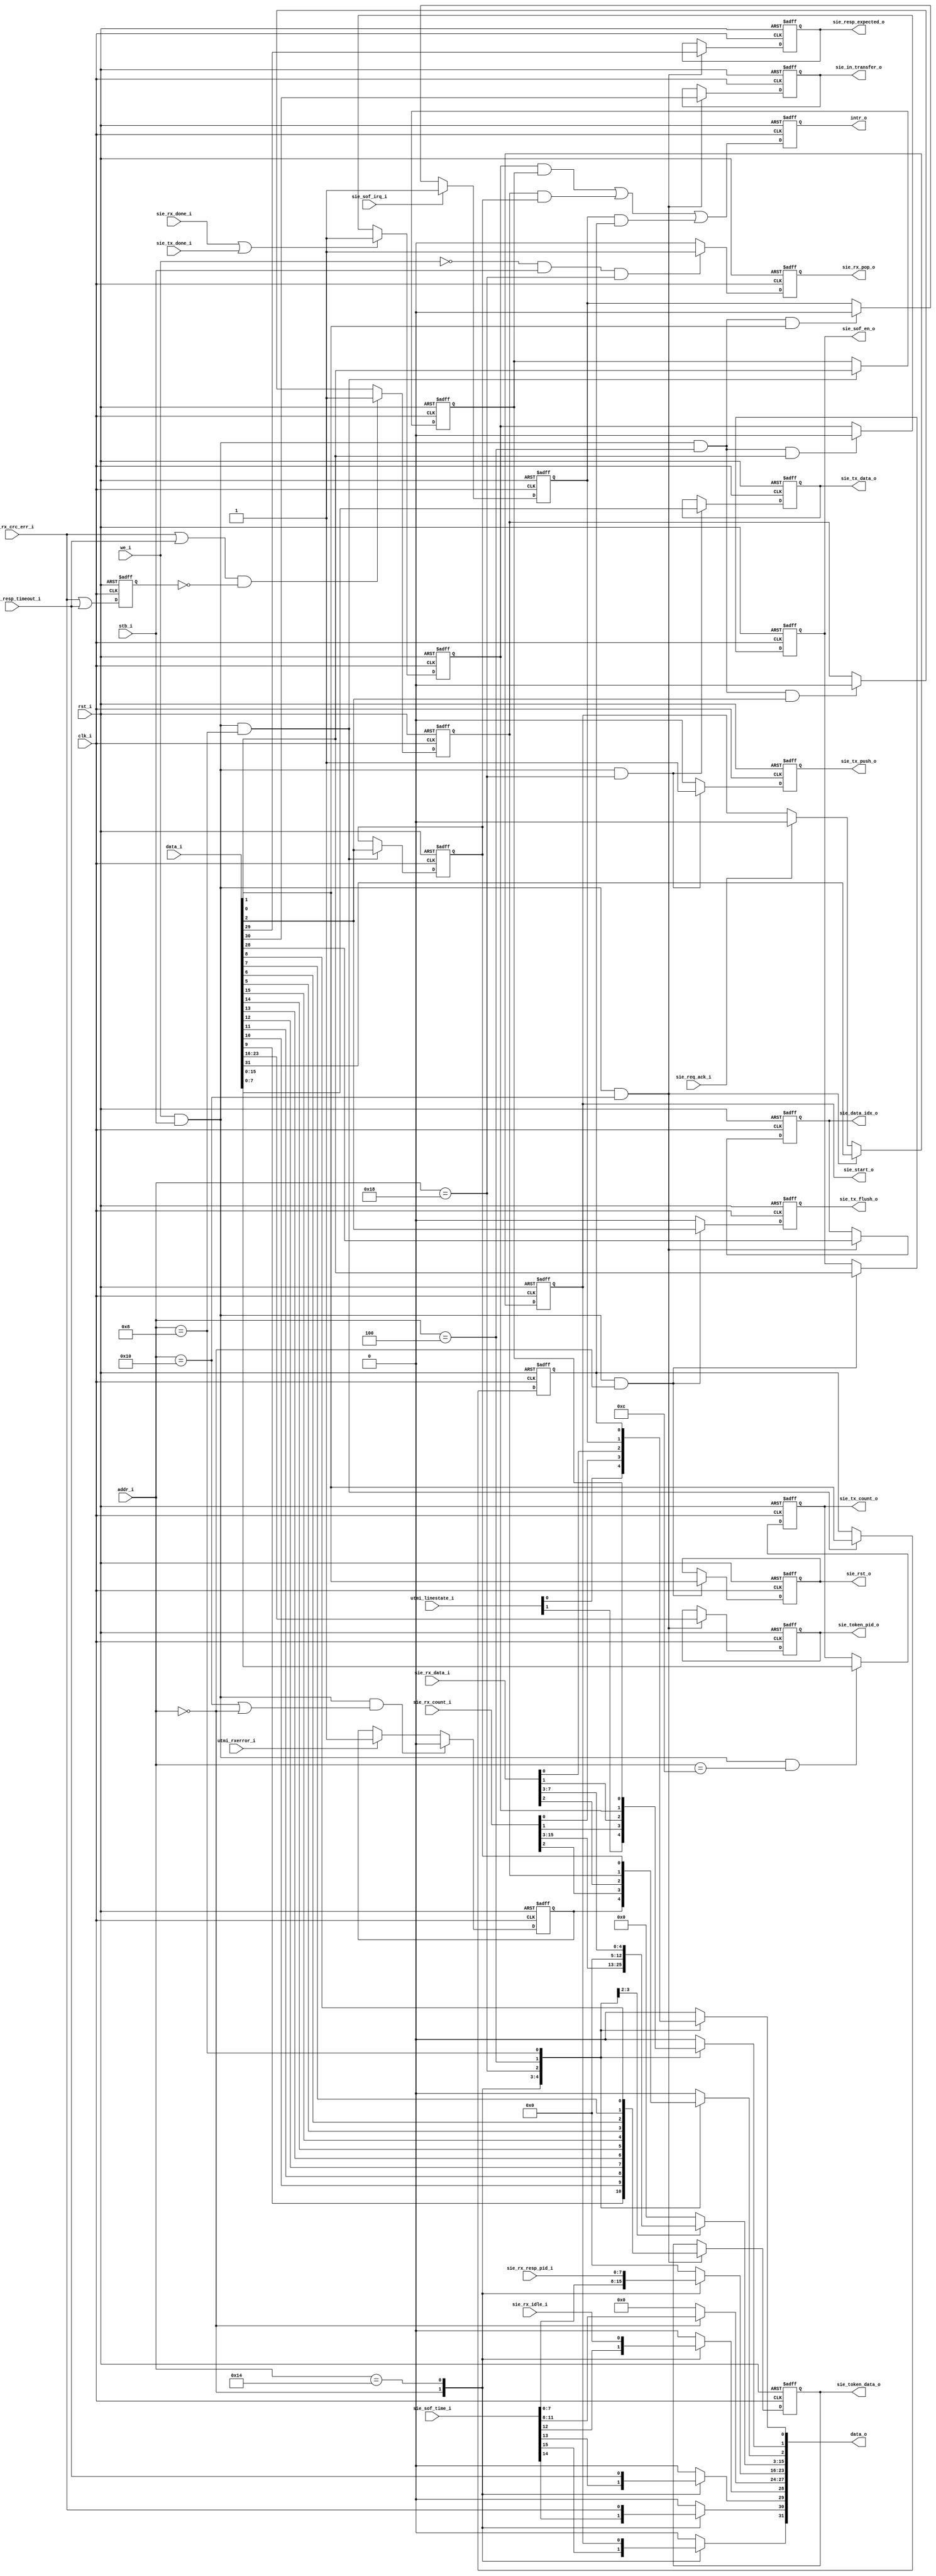
module usbh_periph
(
    // Clocking (48MHz) & Reset
    input               clk_i,
    input               rst_i,

    output              intr_o,

    // Peripheral Interface (from CPU)
    input [7:0]         addr_i,
    input [31:0]        data_i,
    output [31:0]       data_o,
    input               we_i,
    input               stb_i,

    // UTMI interface
    input [1:0]         utmi_linestate_i,
    input               utmi_rxerror_i,

    // Control
    output              sie_start_o,
    output              sie_sof_en_o,
    output              sie_rst_o,
    output     [7:0]    sie_token_pid_o,
    output     [10:0]   sie_token_data_o,
    output     [15:0]   sie_tx_count_o,
    output              sie_data_idx_o,
    output              sie_in_transfer_o,
    output              sie_resp_expected_o,

    // FIFO
    output     [7:0]    sie_tx_data_o,
    output              sie_tx_push_o,
    output              sie_tx_flush_o,
    output              sie_rx_pop_o,
    input [7:0]         sie_rx_data_i,

    // Status
    input               sie_rx_crc_err_i,
    input [7:0]         sie_rx_resp_pid_i,
    input               sie_rx_resp_timeout_i,
    input [15:0]        sie_rx_count_i,
    input               sie_rx_idle_i,
    input               sie_req_ack_i,
    input [15:0]        sie_sof_time_i,
    input               sie_rx_done_i,
    input               sie_tx_done_i,
    input               sie_sof_irq_i
);

//-----------------------------------------------------------------
// Peripheral Memory Map
//-----------------------------------------------------------------
`define USB_CTRL        8'h00
    `define USB_TX_FLUSH             2
    `define USB_ENABLE_SOF           1
    `define USB_RESET_ACTIVE         0
`define USB_STATUS      8'h00
    `define USB_STAT_SOF_TIME        31:16
    `define USB_STAT_RX_ERROR        2
    `define USB_STAT_LINESTATE_BITS  1:0
`define USB_IRQ         8'h04
`define USB_IRQ_MASK    8'h08
    `define USB_IRQ_SOF              0
    `define USB_IRQ_DONE             1
    `define USB_IRQ_ERR              2
`define USB_XFER_DATA   8'h0c
    `define USB_XFER_DATA_TX_LEN     15:0
`define USB_XFER_TOKEN  8'h10
    `define USB_XFER_START           31
    `define USB_XFER_IN              30
    `define USB_XFER_ACK             29
    `define USB_XFER_PID_DATAX       28
    `define USB_XFER_PID_BITS        23:16
`define USB_RX_STAT     8'h14
    `define USB_RX_STAT_START_PEND   31
    `define USB_RX_STAT_CRC_ERR      30
    `define USB_RX_STAT_RESP_TIMEOUT 29
    `define USB_RX_STAT_IDLE         28
    `define USB_RX_STAT_RESP_BITS    23:16
    `define USB_RX_STAT_COUNT_BITS   15:0
`define USB_WR_DATA     8'h18
`define USB_RD_DATA     8'h18

//-----------------------------------------------------------------
// Registers / Wires
//-----------------------------------------------------------------
reg          usb_err_q;

reg          intr_done_q;
reg          intr_sof_q;
reg          intr_err_q;

// Interrupt Mask
reg          intr_mask_done_q;
reg          intr_mask_sof_q;
reg          intr_mask_err_q;

// Control
reg          sie_start_q;
reg          sie_sof_en_q;
reg          sie_rst_q;
reg [7:0]    sie_token_pid_q;
reg [10:0]   sie_token_data_q;
reg [15:0]   sie_tx_count_q;
reg          sie_data_idx_q;
reg          sie_in_transfer_q;
reg          sie_resp_expected_q;

// FIFO
reg [7:0]    sie_tx_data_q;
reg          sie_tx_push_q;
reg          sie_tx_flush_q;
reg          sie_rx_pop_q;

//-----------------------------------------------------------------
// Control
//-----------------------------------------------------------------
always @ (posedge rst_i or posedge clk_i )
if (rst_i == 1'b1)
begin
    sie_sof_en_q   <= 1'b0;
    sie_rst_q      <= 1'b0;
    sie_tx_flush_q <= 1'b0;
end
// IO Write Cycle
else if (we_i && stb_i && (addr_i == `USB_CTRL))
begin
    sie_rst_q      <= data_i[`USB_RESET_ACTIVE];
    sie_sof_en_q   <= data_i[`USB_ENABLE_SOF];
    sie_tx_flush_q <= data_i[`USB_TX_FLUSH];
end
else
    sie_tx_flush_q <= 1'b0;

//-----------------------------------------------------------------
// Data FIFO Write
//-----------------------------------------------------------------
always @ (posedge rst_i or posedge clk_i )
if (rst_i == 1'b1)
begin
    sie_tx_data_q <= 8'h00;
    sie_tx_push_q <= 1'b0;
end
// IO Write Cycle
else if (we_i && stb_i && (addr_i == `USB_WR_DATA))
begin
    sie_tx_data_q <= data_i[7:0];
    sie_tx_push_q <= 1'b1;
end
else
    sie_tx_push_q  <= 1'b0;

//-----------------------------------------------------------------
// Tx Length
//-----------------------------------------------------------------
always @ (posedge rst_i or posedge clk_i )
if (rst_i == 1'b1)
    sie_tx_count_q  <= 16'h0000;
// IO Write Cycle
else if (we_i && stb_i && (addr_i == `USB_XFER_DATA))
    sie_tx_count_q  <= data_i[`USB_XFER_DATA_TX_LEN];

//-----------------------------------------------------------------
// Tx Token
//-----------------------------------------------------------------
always @ (posedge rst_i or posedge clk_i )
if (rst_i == 1'b1)
begin
    sie_start_q        <= 1'b0;
    sie_in_transfer_q  <= 1'b0;
    sie_resp_expected_q<= 1'b0;
    sie_token_pid_q    <= 8'h00;
    sie_token_data_q   <= 11'h000;
    sie_data_idx_q     <= 1'b0;
    
end
// IO Write Cycle
else if (we_i && stb_i && (addr_i == `USB_XFER_TOKEN))
begin
    sie_start_q        <= data_i[`USB_XFER_START];
    sie_in_transfer_q  <= data_i[`USB_XFER_IN];
    sie_resp_expected_q<= data_i[`USB_XFER_ACK];
    sie_data_idx_q     <= data_i[`USB_XFER_PID_DATAX];
    sie_token_pid_q    <= data_i[`USB_XFER_PID_BITS];
    sie_token_data_q   <= { data_i[9], data_i[10], data_i[11], data_i[12], data_i[13], data_i[14], data_i[15],
    data_i[5], data_i[6], data_i[7], data_i[8] };
end
else if (sie_req_ack_i)
    sie_start_q <= 1'b0;

//-----------------------------------------------------------------
// Interrupt Masks
//-----------------------------------------------------------------
always @ (posedge rst_i or posedge clk_i )
if (rst_i == 1'b1)
begin
    intr_mask_done_q   <= 1'b0;
    intr_mask_sof_q    <= 1'b0;
    intr_mask_err_q    <= 1'b0;
end
// IO Write Cycle
else if (we_i && stb_i && (addr_i == `USB_IRQ_MASK))
begin
    intr_mask_done_q   <= data_i[`USB_IRQ_DONE];
    intr_mask_sof_q    <= data_i[`USB_IRQ_SOF];
    intr_mask_err_q    <= data_i[`USB_IRQ_ERR];
end

//-----------------------------------------------------------------
// Record Errors
//-----------------------------------------------------------------
always @ (posedge rst_i or posedge clk_i )
if (rst_i == 1'b1)
    usb_err_q <= 1'b0;
// Clear error
else if (we_i && stb_i && (addr_i == `USB_XFER_TOKEN || addr_i == `USB_CTRL))
    usb_err_q <= 1'b0;
// Record bus errors
else if (utmi_rxerror_i)
    usb_err_q <= 1'b1;

//-----------------------------------------------------------------
// Data FIFO Read
//-----------------------------------------------------------------
always @ (posedge rst_i or posedge clk_i )
if (rst_i == 1'b1)
    sie_rx_pop_q  <= 1'b0;
// IO Read Cycle
else if (~we_i && stb_i && (addr_i == `USB_RD_DATA))
    sie_rx_pop_q  <= 1'b1;
else
    sie_rx_pop_q  <= 1'b0;

assign sie_start_o          = sie_start_q;
assign sie_sof_en_o         = sie_sof_en_q;
assign sie_rst_o            = sie_rst_q;
assign sie_token_pid_o      = sie_token_pid_q;
assign sie_token_data_o     = sie_token_data_q;
assign sie_tx_count_o       = sie_tx_count_q;
assign sie_data_idx_o       = sie_data_idx_q;
assign sie_in_transfer_o    = sie_in_transfer_q;
assign sie_resp_expected_o  = sie_resp_expected_q;
assign sie_tx_data_o        = sie_tx_data_q;
assign sie_tx_push_o        = sie_tx_push_q;
assign sie_tx_flush_o       = sie_tx_flush_q;
assign sie_rx_pop_o         = sie_rx_pop_q;

//-----------------------------------------------------------------
// Peripheral Registers (Read)
//-----------------------------------------------------------------
reg [31:0] data_r;

always @ *
begin
     data_r = 32'h00000000;

     case (addr_i)

     `USB_STATUS :
     begin
          data_r[`USB_STAT_SOF_TIME]        = sie_sof_time_i;
          data_r[`USB_STAT_RX_ERROR]        = usb_err_q;
          data_r[`USB_STAT_LINESTATE_BITS]  = utmi_linestate_i;    
     end

     `USB_RX_STAT :
     begin
          data_r[`USB_RX_STAT_START_PEND]    = sie_start_o;
          data_r[`USB_RX_STAT_CRC_ERR]       = sie_rx_crc_err_i;
          data_r[`USB_RX_STAT_RESP_TIMEOUT]  = sie_rx_resp_timeout_i;
          data_r[`USB_RX_STAT_IDLE]          = sie_rx_idle_i;
          data_r[`USB_RX_STAT_RESP_BITS]     = sie_rx_resp_pid_i;
          data_r[`USB_RX_STAT_COUNT_BITS]    = sie_rx_count_i;
     end     

     `USB_RD_DATA :
          data_r = {24'h000000, sie_rx_data_i};

     `USB_IRQ :
     begin
          data_r[`USB_IRQ_DONE] = intr_done_q;
          data_r[`USB_IRQ_SOF]  = intr_sof_q;
          data_r[`USB_IRQ_ERR]  = intr_err_q;
     end

     `USB_IRQ_MASK :
     begin
          data_r[`USB_IRQ_DONE] = intr_mask_done_q;
          data_r[`USB_IRQ_SOF]  = intr_mask_sof_q;
          data_r[`USB_IRQ_ERR]  = intr_mask_err_q;
     end  

     default :
          data_r = 32'h00000000;
     endcase
end

assign data_o = data_r;

//-----------------------------------------------------------------
// Interrupts
//-----------------------------------------------------------------
reg err_cond_q;
reg intr_q;

always @ (posedge rst_i or posedge clk_i )
if (rst_i == 1'b1)
begin
    intr_done_q   <= 1'b0;
    intr_sof_q    <= 1'b0;
    intr_err_q    <= 1'b0;
    err_cond_q    <= 1'b0;

    intr_q        <= 1'b0;
end
else
begin
    if (sie_rx_done_i || sie_tx_done_i)
        intr_done_q <= 1'b1;
    else if (we_i && stb_i && (addr_i == `USB_IRQ) && data_i[`USB_IRQ_DONE])
        intr_done_q <= 1'b0;

    if (sie_sof_irq_i)
        intr_sof_q  <= 1'b1;
    else if (we_i && stb_i && (addr_i == `USB_IRQ) && data_i[`USB_IRQ_SOF])
        intr_sof_q <= 1'b0;

    if ((sie_rx_crc_err_i || sie_rx_resp_timeout_i) && (!err_cond_q))
        intr_err_q <= 1'b1;
    else if (we_i && stb_i && (addr_i == `USB_IRQ) && data_i[`USB_IRQ_ERR])
        intr_err_q <= 1'b0;

    err_cond_q  <= (sie_rx_crc_err_i | sie_rx_resp_timeout_i);

    intr_q <= (intr_done_q & intr_mask_done_q) |
              (intr_err_q  & intr_mask_err_q)  |
              (intr_sof_q  & intr_mask_sof_q);
end

assign intr_o = intr_q;

endmodule